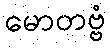
မောတဗ္ဗံ